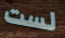
لست